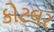
કોટલર